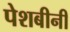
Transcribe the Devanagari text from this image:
पेशबीनी